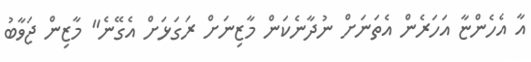
އާ އެހެންޏާ އަހަރެން އެތަނަށް ނުދާނެކަން މާޒިނަށް ރަގަޅަށް އެގޭނެ" މާޒިން ޖަވާބު